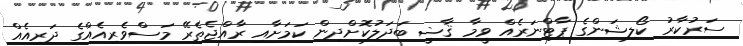
ސަރުކާރު ކޯލިޝަންގެ ޕާޓްނަރެއް ވީމާ ޤާޟީ ބަދަލުކޮށްދިން ކަމަށާއި ރާއްޖެތެރޭ މަސްވެރިއެއްގެ ދަރިއެއް